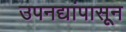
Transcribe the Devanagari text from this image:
उपनद्यांपासून